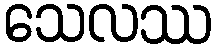
သေလဿ